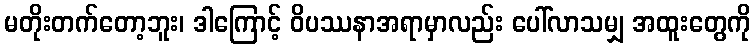
မတိုးတက်တော့ဘူး၊ ဒါကြောင့် ဝိပဿနာအရာမှာလည်း ပေါ်လာသမျှ အထူးတွေကို